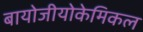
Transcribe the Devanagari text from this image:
बायोजीयोकेमिकल